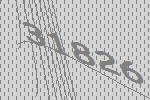
31826